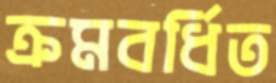
ক্রমবর্ধিত